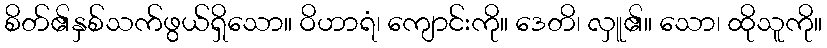
စိတ်၏နှစ်သက်ဖွယ်ရှိသော။ ဝိဟာရံ၊ ကျောင်းကို။ ဒေတိ၊ လှူ၏။ သော၊ ထိုသူကို။